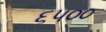
૬૫૦૦